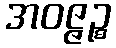
အဝဇ္ဇဉ္စ